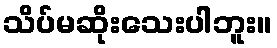
သိပ်မဆိုးသေးပါဘူး။